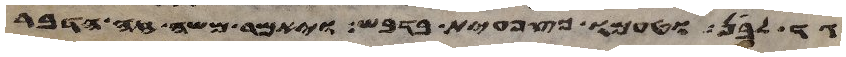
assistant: גד לבן וטעמו כצפחית בדבש ויאמר משה זה הדבר